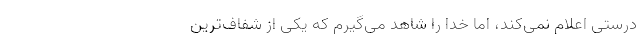
درستی اعلام نمی‌کند، اما خدا را شاهد می‌گیرم که یکی از شفاف‌ترین